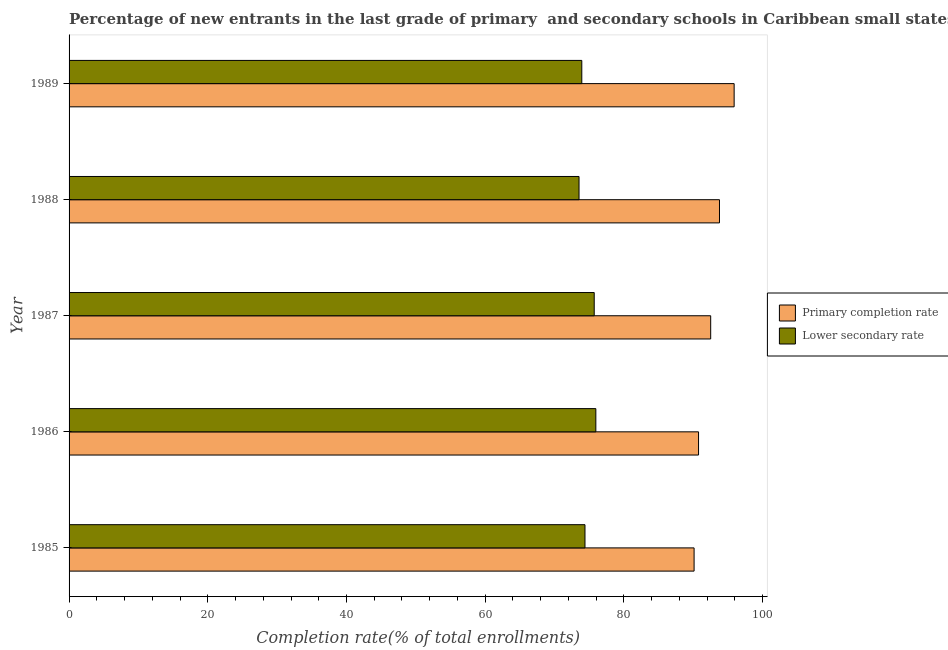
| Year | Primary completion rate | Lower secondary rate |
 | --- | --- | --- |
 | 1985 | 90.1 | 74.4 |
 | 1986 | 90.8 | 76 |
 | 1987 | 92.5 | 75.7 |
 | 1988 | 93.8 | 73.5 |
 | 1989 | 95.9 | 73.9 |